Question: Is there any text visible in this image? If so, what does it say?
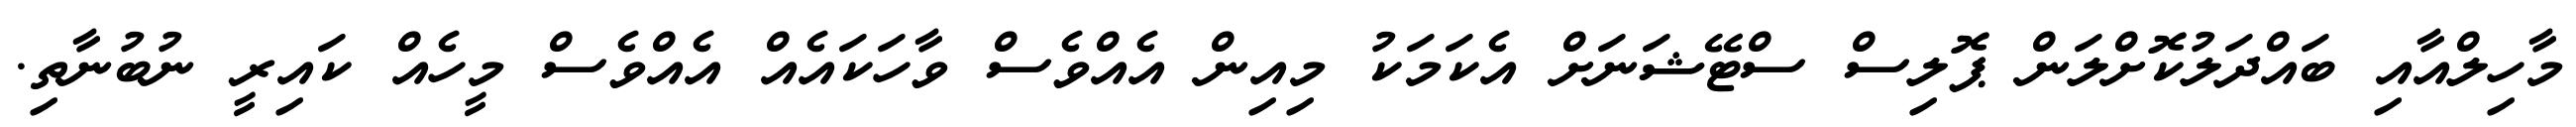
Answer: މާހިލްއާއި ބައްދަލުކޮށްލަން ޕޮލިސް ސްޓޭޝަނަށް އެކަމަކު މިއިން އެއްވެސް ވާހަކައެއް އެއްވެސް މީހެއް ކައިރީ ނުބުނާތި.